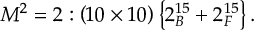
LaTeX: M ^ { 2 } = 2 : \left( 1 0 \times 1 0 \right) \left\{ 2 _ { B } ^ { 1 5 } + 2 _ { F } ^ { 1 5 } \right\} .